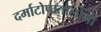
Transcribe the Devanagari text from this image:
दर्माटोपातोलोगी